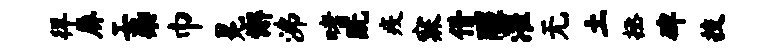
徉屏工染巾冕懈沸嗜既疫寐借醒濯无土拯碑技